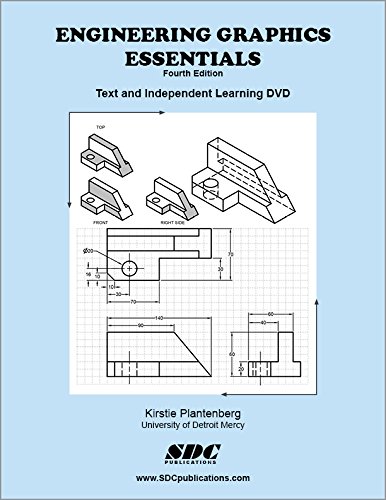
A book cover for Engineering Graphics Essentials 4th Edition with Independent Learning DVD; Kirstie Plantenberg; Computers & Technology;